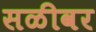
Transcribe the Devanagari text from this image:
सळीवर